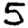
Digit: 5